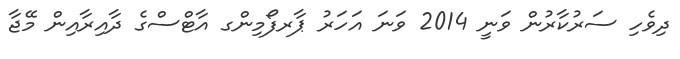
ދިވެހި ސަރުކާރުން ވަނީ 2014 ވަނަ އަހަރު ޕާރފޯމިންގ އާޓްސްގެ ދާއިރާއިން މޭޖާ